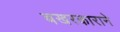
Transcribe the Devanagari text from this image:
बखरकाराने